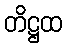
တိဋ္ဌထ